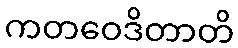
ကတဝေဒိတာတိ